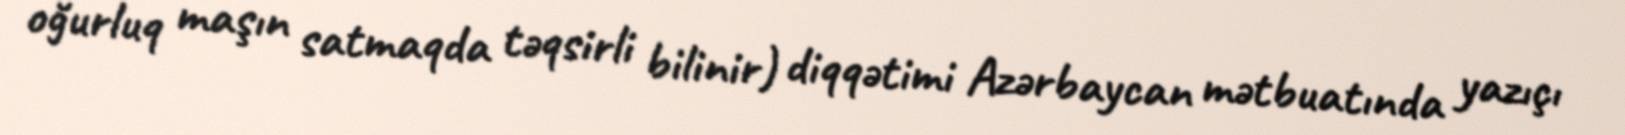
oğurluq maşın satmaqda təqsirli bilinir) diqqətimi Azərbaycan mətbuatında yazıçı